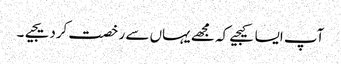
آپ ایسا کیجیے کہ مجھے یہاں سے رخصت کردیجیے۔